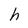
Character: h